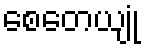
စေတေယျုံ